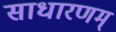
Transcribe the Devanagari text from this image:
साधारणम्